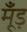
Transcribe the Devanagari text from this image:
मूँड़